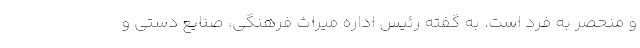
و منحصر به فرد است. به گفته رئیس اداره میراث فرهنگی، صنایع دستی و